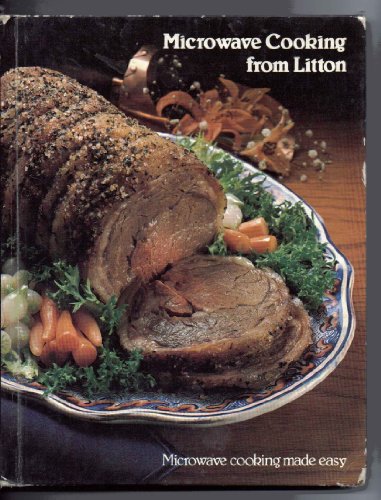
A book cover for Microwave Cooking from Litton: Microwave Cooking Made Easy; Inc. Litton Systems; Cookbooks, Food & Wine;